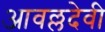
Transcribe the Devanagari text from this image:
आवल्लदेवी